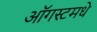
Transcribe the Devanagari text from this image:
ऑगस्टमधे